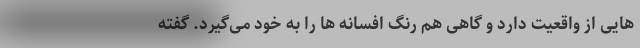
هایی از واقعیت دارد و گاهی هم رنگ افسانه ها را به خود می‌گیرد. گفته